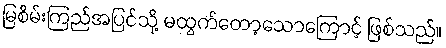
မြစိမ်းကြည်အပြင်သို့ မထွက်တော့သောကြောင့် ဖြစ်သည်။